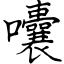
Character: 囔